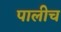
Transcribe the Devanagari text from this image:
पालीच